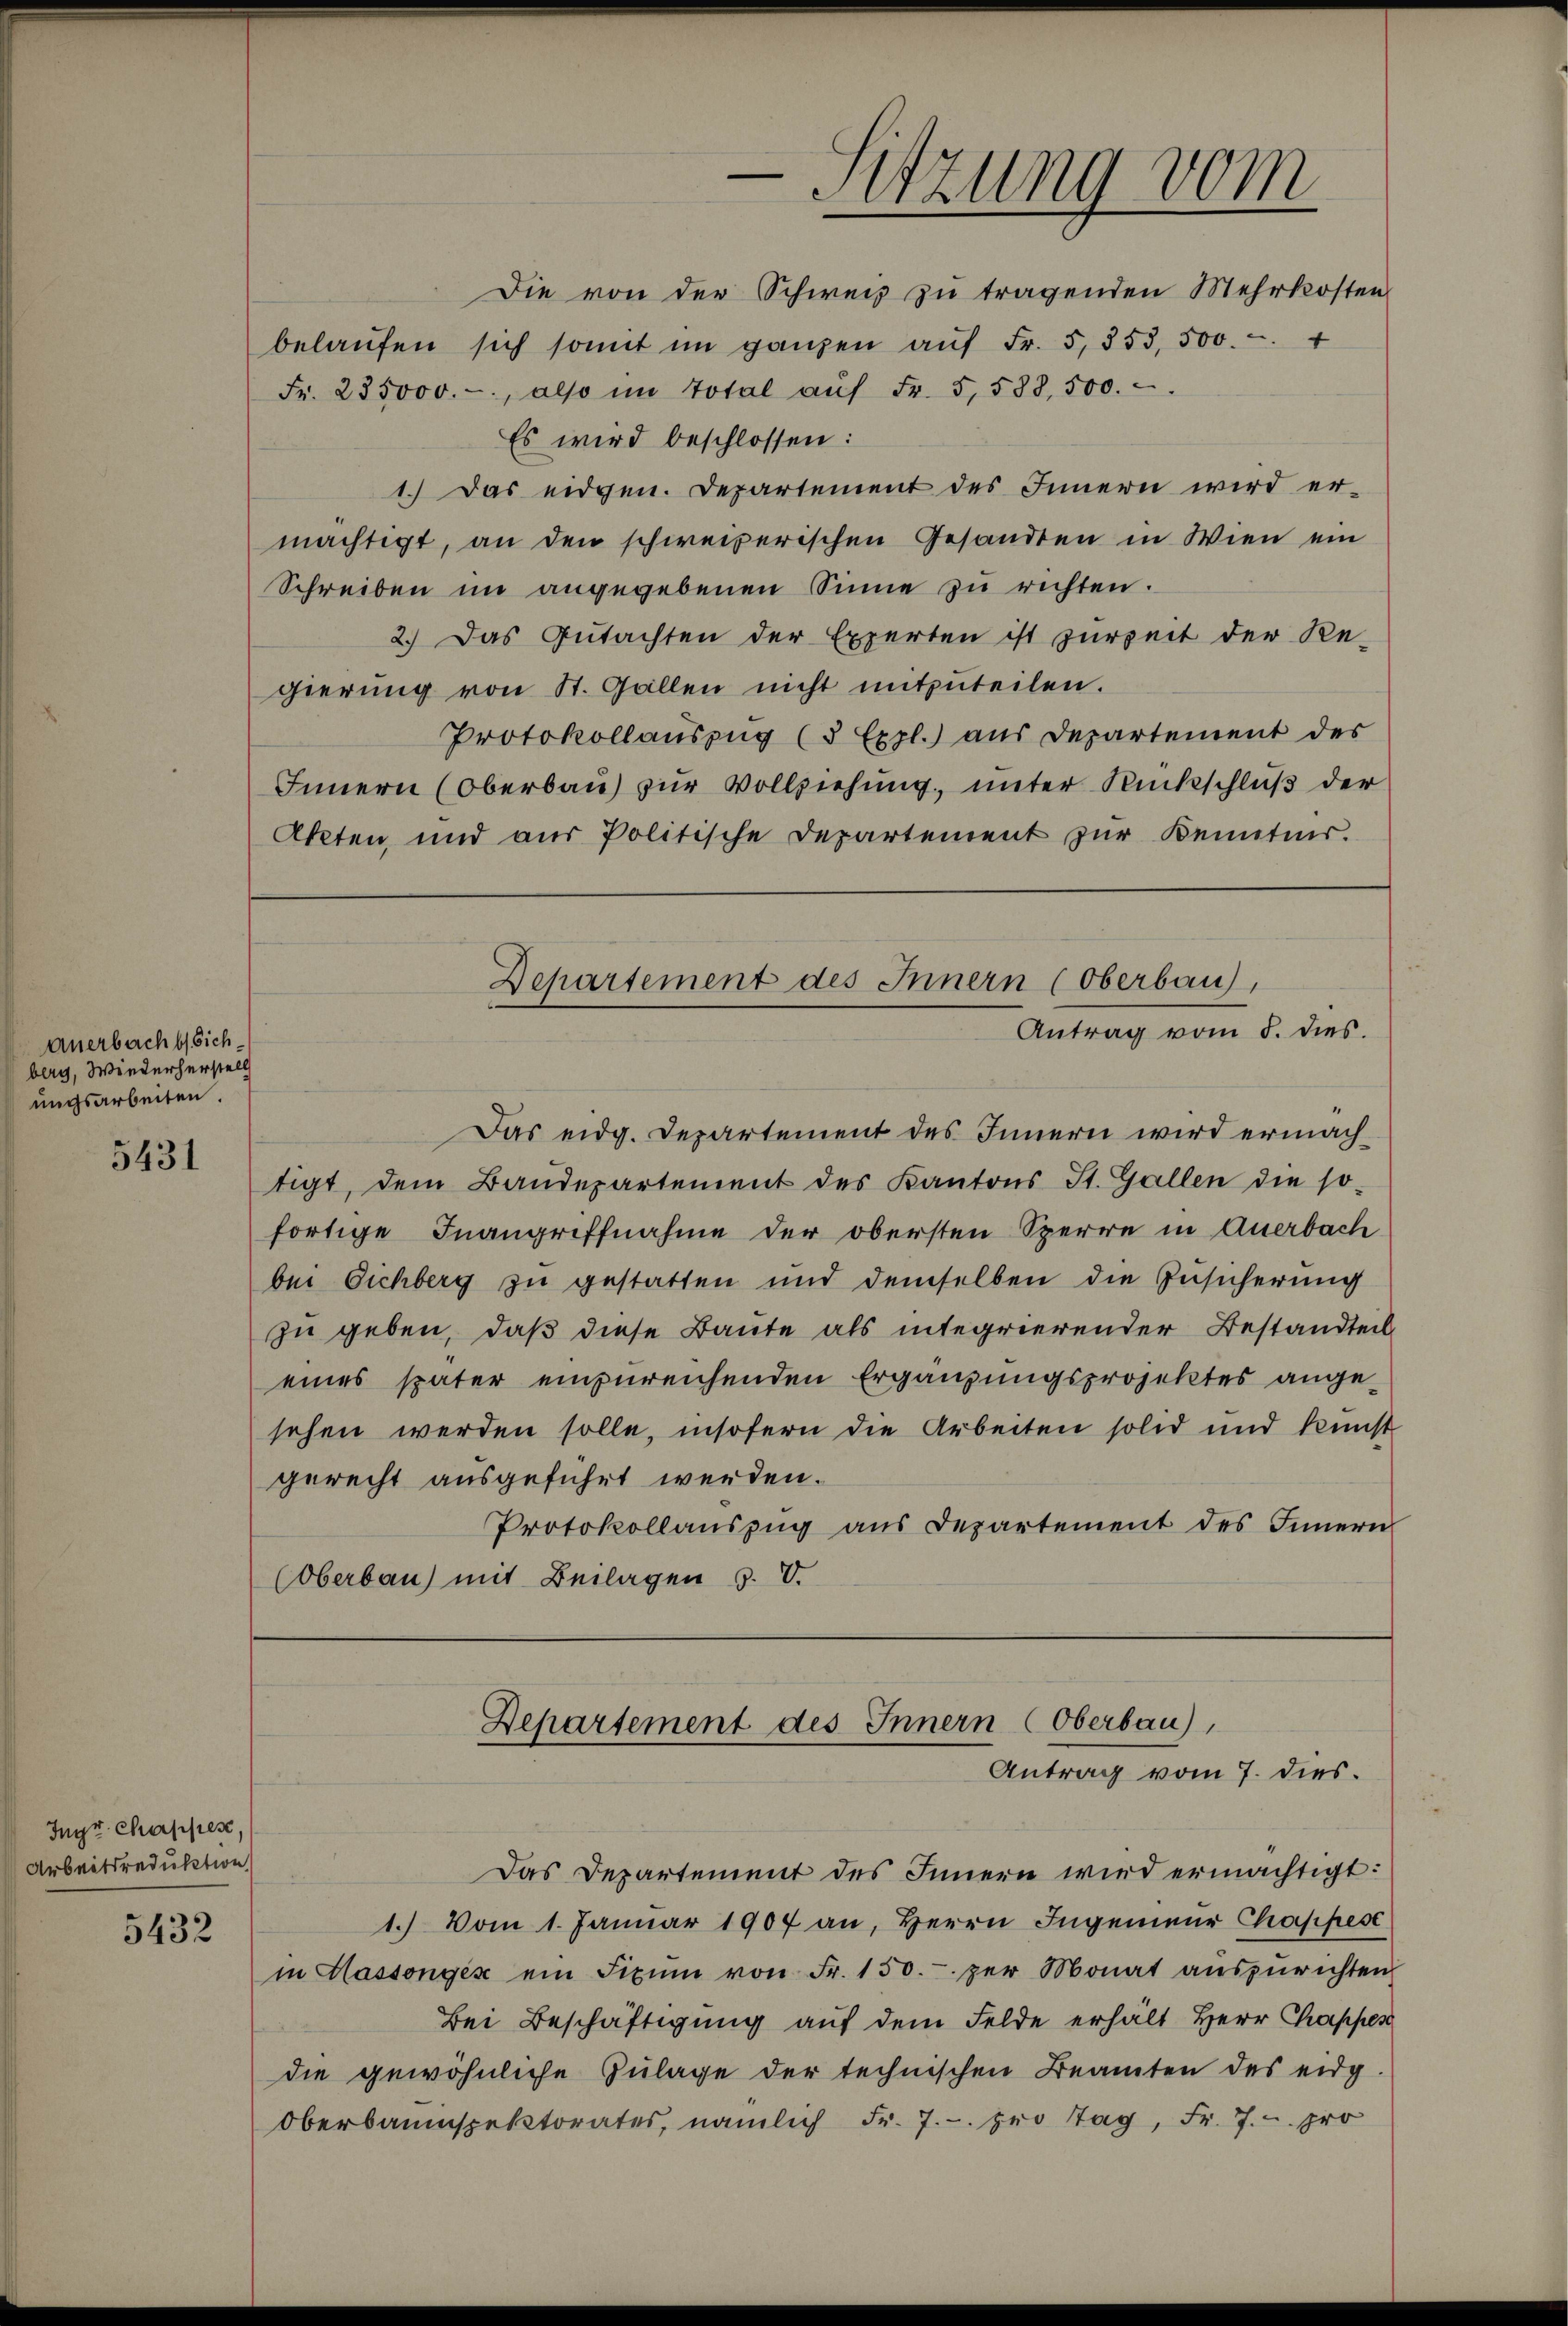
Anerbacht sichberg, Wiederherstell
ungsarbeiten.

5431

Ingr Chappes,
Arbeitsreduktion

5432

Fr. 285000.- also im Total aŭf Fr. 5, 538, 500.
Es wird beschlossen:
1.) Das eidgen. Departement des Innern wird er-
mächtigt, an den schweizerischen Gesandten in Wien ein
Schreiben im angegebenen Sinne zŭ richten.
2.) Das Gutachten der Experten ist zurzeit der Re-
gierŭng von St. Gallen nicht mitzŭteilen.
Protokollauszug (3 Expl.) aus Departement des
Innern (Oberbau) zur Vollziehung, unter Rückschluß der
Akten und aŭs Politische Departement zur Kenntnis.

-Sitzung vom
Die von der Schweiz zu tragenden Mehrkosten
belaŭfen sich somit im ganzen aŭf Fr. 5, 353, 500.- +

Das eidg. Departement des Innern wird ermach
tigt, dem Baudepartement des Kantons St. Gallen die so-
fortige Inangriffnahme der obersten Sperre in Anerbach
bei Eichberg zu gestatten und demselben die Zusicherung
zu geben, daß diese Baute als integrierender Bestandteil
eines später einzureichenden Ergänzungsprojektes ange-
sehen werden solle, insofern die Arbeiten solid und kunst
gerecht ausgeführt werden.
Protokollaŭszŭg aŭs Departement des Innern
Oberbau) mit Beilagen u. V.

Departement des Innern (Oberbau,
Antrag vom 5. dies.

Departement des Innern (Oberbau),
Antrag vom 7. dies.

Das Departement des Innern wird ermächtigt:
1.) Vom 1. Januar 1907 an, Herrn Ingenieur Chappese
in Hassonges ein Fixum von Fr. 150.- per Monat aŭszŭrichten
Bei Beschäftigung auf dem Felde erhält Herr Chappes
die gewöhnliche Zulage der technischen Beamten des eidg.
Oberbauinspektorates, nämlich Fr. 7.- pro Tag, Fr. 7. - pro